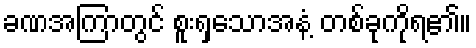
ခဏအကြာတွင် စူးရှသောအနံ့ တစ်ခုကိုရ၏။